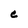
Character: C